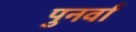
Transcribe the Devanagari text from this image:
पुनर्वा